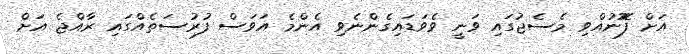
އަށް ފޮޮނުއްވި މެސެޖުގައި ވަނީ ވެވަޑައިގެންނެވި އެންމެ އަވަސް ފުރުސަތެއްގައި ރާއްޖެ އަށް